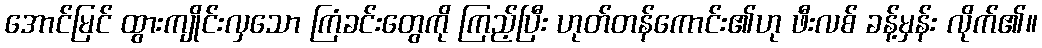
အောင်မြင် ထွားကျိုင်းလှသော ကြံခင်းတွေကို ကြည့်ပြီး ဟုတ်တန်ကောင်း၏ဟု ဖီးလစ် ခန့်မှန်း လိုက်၏။